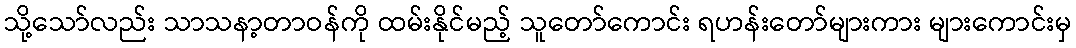
သို့သော်လည်း သာသနာ့တာဝန်ကို ထမ်းနိုင်မည့် သူတော်ကောင်း ရဟန်းတော်များကား များကောင်းမှ